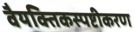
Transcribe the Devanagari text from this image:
वैयक्तिकस्पष्टीकरण